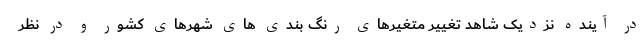
در آینده نزدیک شاهد تغییر متغیرهای رنگ بندی های شهرهای کشور و در نظر